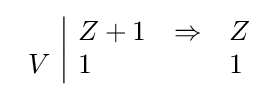
{\begin{array}{r|lll}&Z+1&\Rightarrow &Z\\V&1&&1\\\end{array}}